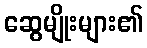
ဆွေမျိုးများ၏